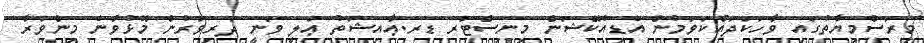
މިރަސްމިޔާތުގައި ވާހަކަދައްކަވަމުން އެޑިއުކޭޝަން މިނިސްޓަރ ޑރ.ޢާއިޝަތު ޢަލީ ވަނީ ދަރިވަރުން މޮޅުވާނެ މިންވަރާ